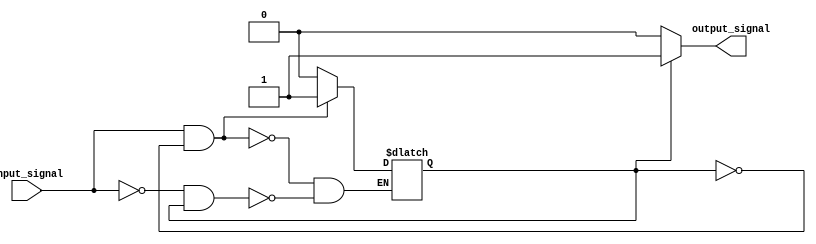
module Schmitt_trigger_inverter (
    input wire input_signal,
    output reg output_signal
);

reg internal_signal;

always @*
begin
    if (input_signal && !internal_signal)
        internal_signal <= 1;
    else if (!input_signal && internal_signal)
        internal_signal <= 0;
end

always @*
begin
    if (internal_signal)
        output_signal = 1;
    else
        output_signal = 0;
end

endmodule